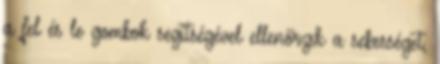
a fel és le gombok segítségével ellenőrzik a sebességet,